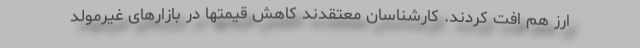
ارز هم افت کردند. کارشناسان معتقدند کاهش قیمتها در بازارهای غیرمولد